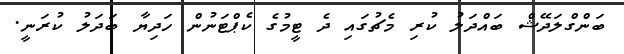
ބަންގްލަދޭޝް ބައްދަލު ކުރި މެޗުގައި ދެ ޓީމުގެ ކެޕްޓަނުން ހަދިޔާ ބަދަލު ކުރަނީ.